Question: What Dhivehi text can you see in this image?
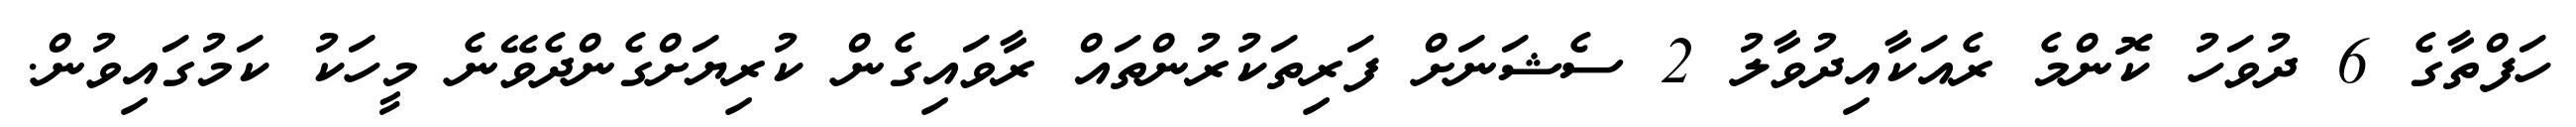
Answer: ހަފްތާގެ 6 ދުވަހު ކޮންމެ ރެއަކާއިދުވާލު 2 ސެޝަނަށް ފަރިތަކުރުންތައް ރާވައިގެން ކުރިޔަށްގެންދެވޭނެ މީހަކު ކަމުގައިވުން.